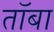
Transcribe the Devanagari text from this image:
तॉबा